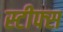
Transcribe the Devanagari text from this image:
स्टीफ्स